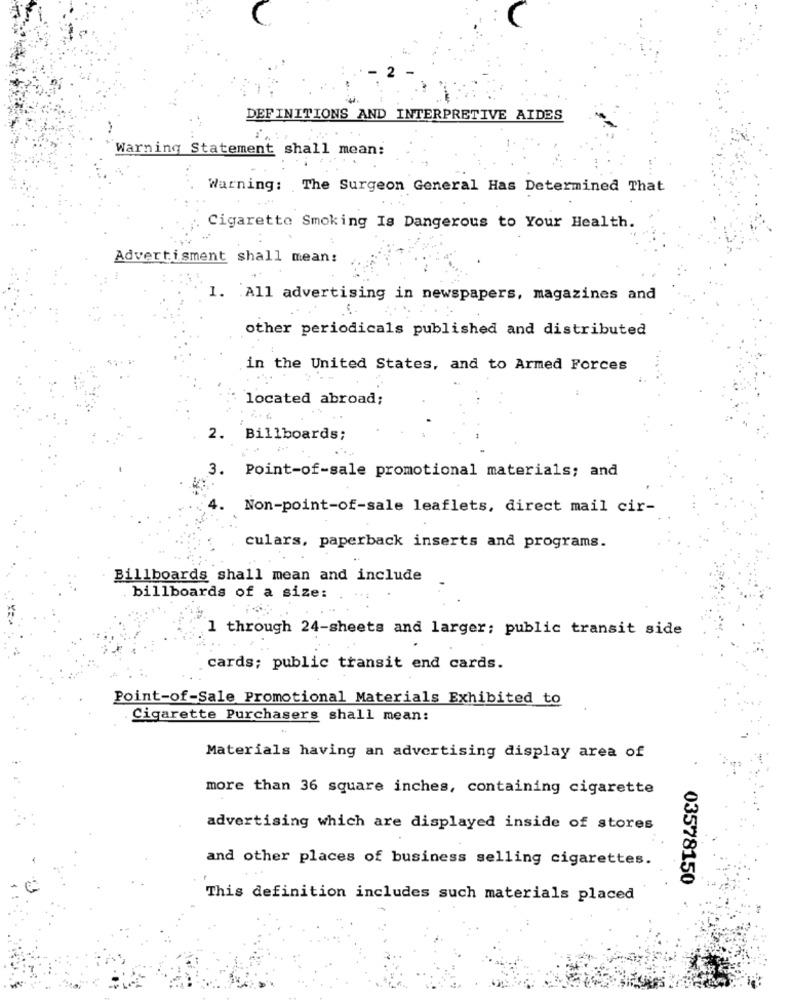
DEFINITIONS AND INTERPRETIVE AIDES
Warning Statement shall mean:
Warning: The Surgeon General Has Determined That
Cigarette Smoking Is Dangerous to Your Health.
Advertisment shall mean:
1. All advertising in newspapers, magazines and
C .
other periodicals published and distributed
in the United States, and to Armed Forces
located abroad;
2.
Billboards;
3. Point-of-sale promotional materials; and
4.
Non-point-of-sale leaflets, direct mail cir-
culars, paperback inserts and programs.
Billboards shall mean and include
billboards of a size:
1 through 24-sheets and larger; public transit side
cards; public transit end cards.
Point-of-Sale Promotional Materials Exhibited to
Cigarette Purchasers shall mean:
Materials having an advertising display area of
more than 36 square inches, containing cigarette
advertising which are displayed inside of stores
and other places of business selling cigarettes.
03578150
This definition includes such materials placed